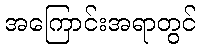
အကြောင်းအရာတွင်